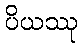
ပိယဿု